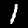
Digit: 1